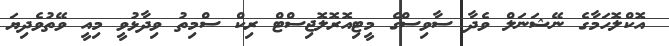
އޮކްލޮހަމާގެ ނޭޝަނަލް ވެދާ ސާވިސްގެ މީޓިއޮރޮލޮޖިސްޓް ރިކް ސްމިތު ވިދާޅުވީ މިއީ ވޭތުވެދިޔަ